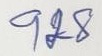
928